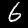
Label: 6